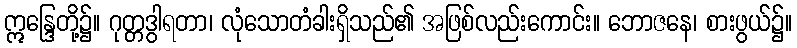
ဣန္ဒြေတို့၌။ ဂုတ္တဒွါရတာ၊ လုံသောတံခါးရှိသည်၏ အဖြစ်လည်းကောင်း။ ဘောဇနေ၊ စားဖွယ်၌။